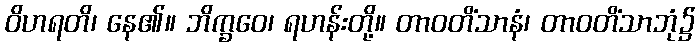
ဝိဟရတိ၊ နေ၏။ ဘိက္ခဝေ၊ ရဟန်းတို့။ တာဝတိံသာနံ၊ တာဝတိံသာဘုံ၌